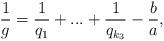
LaTeX: \begin{align*} \frac{1}{g}= \frac{1}{q_1}+...+\frac{1}{q_{k_3}} -\frac{b}{a},\end{align*}